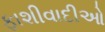
ફાશીવાદીઓ